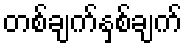
တစ်ချက်နှစ်ချက်